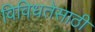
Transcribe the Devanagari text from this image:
विविधतेसाठी